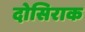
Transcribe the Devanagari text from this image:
दोसिराक